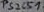
Text: PS2501